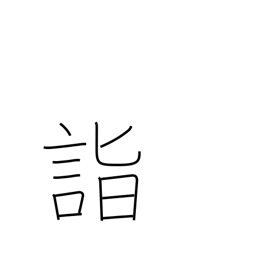
Meaning: attain